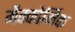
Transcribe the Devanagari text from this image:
मैक्कोर्मिक